Investigations into the jail dietaries of the United Provinces with some observations on the influence of dietary on the physical development and well-being of the people of the United Provinces - Number 48
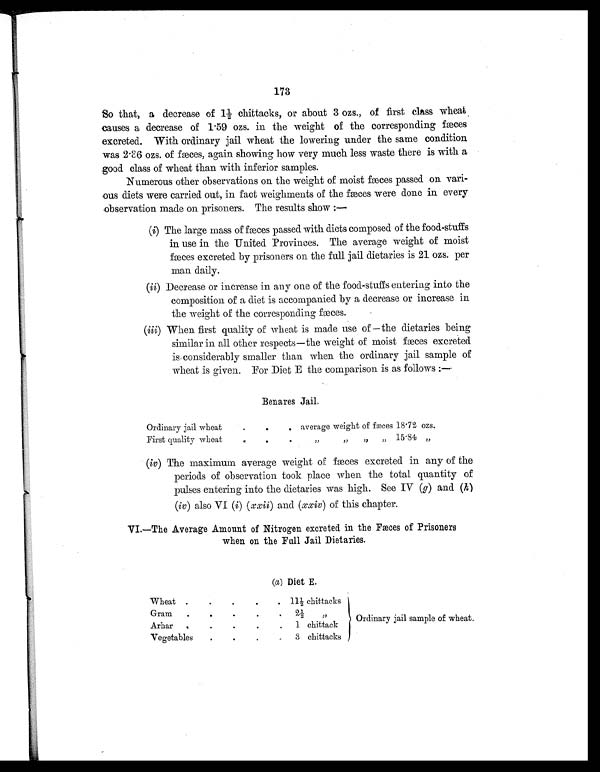
173
So that, a decrease of 1½ chittacks, or about 3 ozs., of first class wheat
causes a decrease of 1.59 ozs. in the weight of the corresponding fæces
excreted. With ordinary jail wheat the lowering under the same condition
was
2.3
6 ozs. of fæces, again showing how very much less waste there is with a
good class of wheat than with inferior samples.
Numerous other observations on the weight of moist fæces passed on vari
- ous diets were carried out, in fact weighments of the fæces were done in every
observation made on prisoners. The results show :—
(i) The large mass of fæces
passed with diets composed of the food-stuffs
in use in the United Provinces. The average weight of moist
fæces excreted by prisoners on the full jail dietaries is 21 ozs. per
man daily.
(ii) Decrease or increase in any one of the food-stuffs entering into the
composition of a diet is accompanied by a decrease or increase in
the weight of the corresponding fæces.
(iii) When first quality of wheat is made use of—the dietaries being
similar in all other respects—the weight of moist fæces excreted
is considerably smaller than when the ordinary jail sample of
wheat is given. For Diet E the comparison is as follows :—
Benares Jail.
Ordinary jail wheat
.
.
.
average weight of fæces 18.72 ozs.
First quality wheat
.
.
.
,, ,, ,, ,,
15.84
,,
(iv) The maximum average weight of fæces excreted in any of the
periods of observation took place when the total quantity of
pulses entering into the dietaries was high. See IV (g) and (h )
(iv) also VI (i) ( xxii ) and (xxiv) of this chapter.
VI
. — T h e
Average Amount of Nitrogen excreted in the Fæces of Prisoners
when on the Full Jail Dietaries.
(a) Diet E.
Wheat .
.
. 11½ chittacks
Gram
.
.
. .
Arhar
. . . . .
2½ ,,
1 chittack
Ordinary jail sample of wheat.
Vegetables
.
. . .
3 chittacks